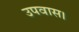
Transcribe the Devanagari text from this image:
उपवास।